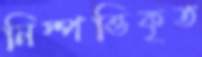
নিস্পত্তিকৃত